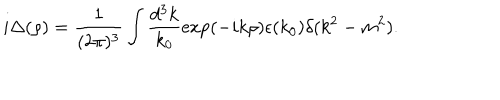
LaTeX: i \Delta ( \rho ) = \frac { 1 } { ( 2 \pi ) ^ { 3 } } \int \frac { d ^ { 3 } k } { k _ { 0 } } \exp ( - i k \rho ) \epsilon ( k _ { 0 } ) \delta ( k ^ { 2 } - m ^ { 2 } ) .